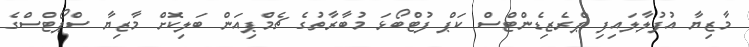
މާޒިޔާ އުފުލާލައިފި ޕްރެޒިޑެންޓްސް ކަޕް ފުޓްބޯޅަ މުބާރާތުގެ ޗެމްޕިއަން ބަލިކޮށް މާޒިޔާ ސްޕޯޓްސްގެ